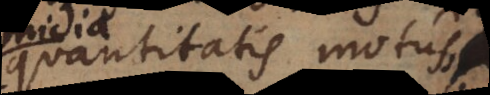
quantitatis motus